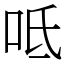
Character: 呧